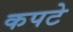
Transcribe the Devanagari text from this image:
कपटे